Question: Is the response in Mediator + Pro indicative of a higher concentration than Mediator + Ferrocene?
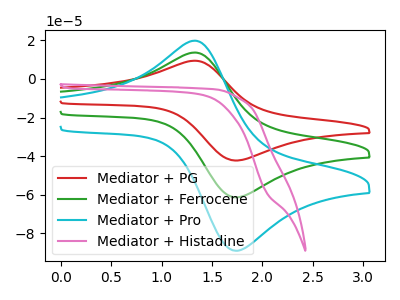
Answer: <think>The red curve "Mediator + PG" has an anodic peak at (1.35V, 27.25uA) and a cathodic peak at (1.75V, -122.55uA). The green curve "Mediator + Ferrocene" has an anodic peak at (1.35V, 13.60uA) and a cathodic peak at (1.75V, -61.25uA). The cyan curve "Mediator + Pro" has an anodic peak at (1.35V, 19.75uA) and a cathodic peak at (1.75V, -88.90uA). The pink curve "Mediator + Histadine" has no peaks.
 All the peaks in "Mediator + Pro" have a peak in "Mediator + Ferrocene" at the same potential. Every peak in "Mediator + Pro" is higher than every peak in "Mediator + Ferrocene".</think>
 <answer>"Mediator + Pro" has more signal than "Mediator + Ferrocene".</answer>
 <eval>more_signal</eval>